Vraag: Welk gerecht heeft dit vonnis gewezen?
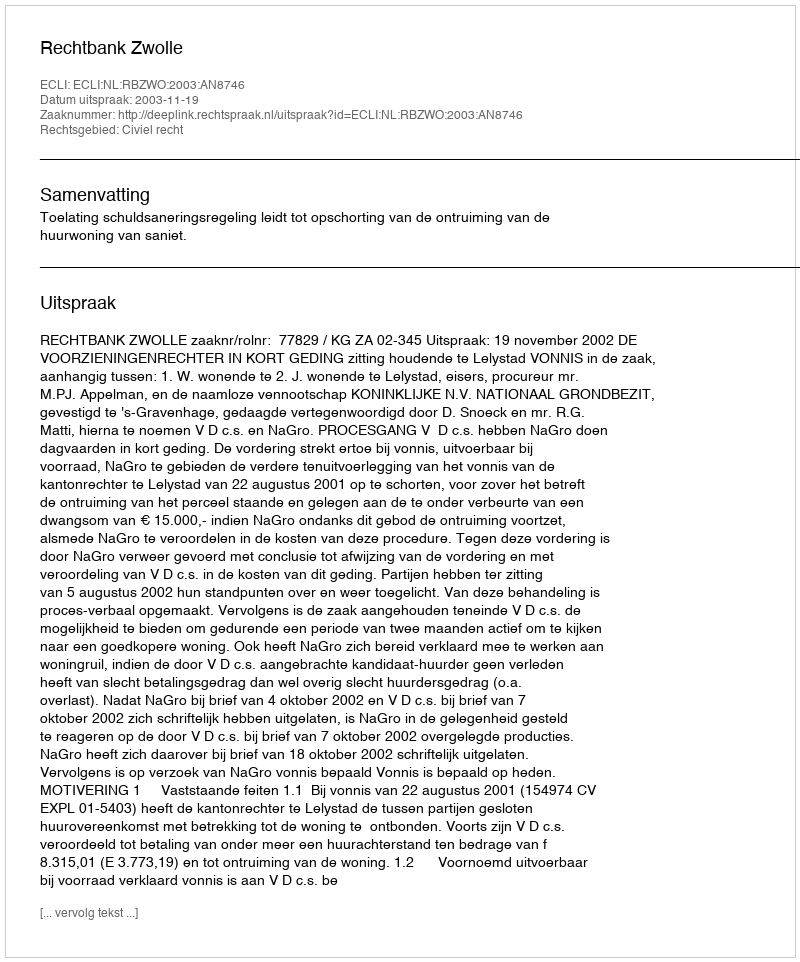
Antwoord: Rechtbank Zwolle